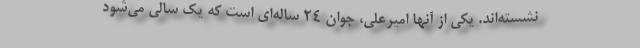
نشسته‌اند. یکی از آنها امیر‌علی، جوان 24 ساله‌ای است که یک سالی می‌شود